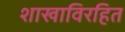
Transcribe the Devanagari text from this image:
शाखाविरहित